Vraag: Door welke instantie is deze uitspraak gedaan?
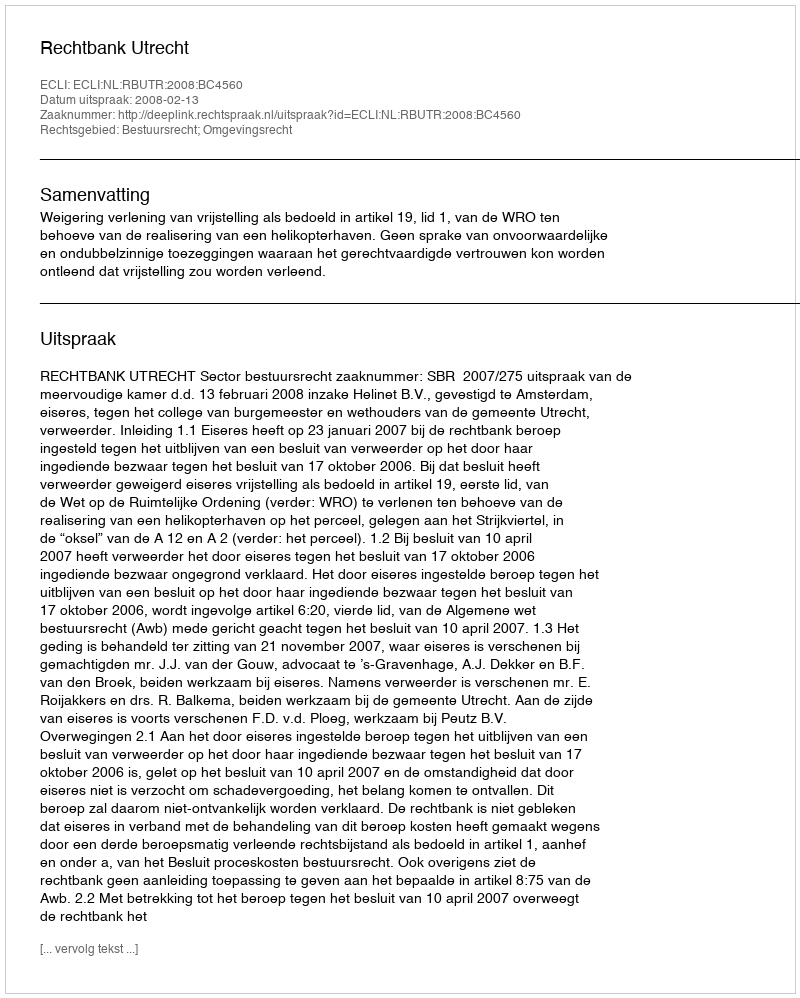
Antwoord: Rechtbank Utrecht